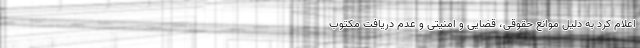
اعلام کرد به دلیل موانع حقوقی، قضایی و امنیتی و عدم دریافت مکتوب